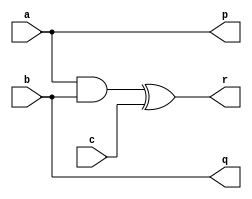
module tof_gate(a,b,c,p,q,r);
input a,b,c;
output p,q,r;

	assign p = a;
	assign q = b;
	assign r = (a & b) ^ c;

endmodule